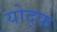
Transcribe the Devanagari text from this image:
योद्फ